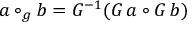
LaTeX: a \circ _ { g } b = G ^ { - 1 } ( G \, a \circ G \, b )